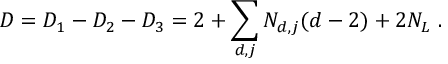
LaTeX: D = D _ { 1 } - D _ { 2 } - D _ { 3 } = 2 + \sum _ { d , j } N _ { d , j } ( d - 2 ) + 2 N _ { L } \ .